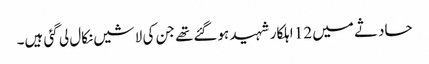
حادثے میں 12 اہلکار شہید ہوگئےتھے جن کی لاشیں نکال لی گئی ہیں۔